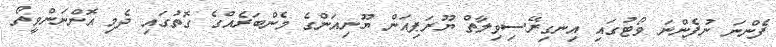
ފެންނަ ނުފެންނަ ވޯޓުގައި އިނގިރޭސިވިލާތް ޔޫރަޕިއަން ޔޫނިއަންގެ މެންބަރެއްގެ ގޮތުގައި ދެމި އޮންނަންވީތޯ